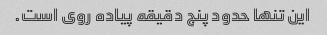
این تنها حدود پنج دقیقه پیاده روی است.